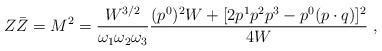
LaTeX: \begin{align*}Z\bar Z=M^2= \frac{W^{3/2}}{\omega_1\omega_2\omega_3}\frac{(p^0)^2W+[2p^1p^2p^3 - p^0 ( p\cdot q)]^2}{4W} \ ,\end{align*}